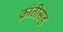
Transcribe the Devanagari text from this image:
क्रांतीसह